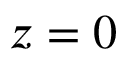
z = 0